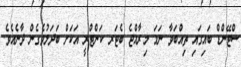
ސްޓޭންޑް ބައިގައި ތިއްބަވާ ނަމަ މިރާއްޖެ ބެޓަރ ކަންޓްރީ އަކަށް ބަަދަލުވެގެން ދާނެއެވެ.